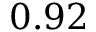
0 . 9 2